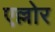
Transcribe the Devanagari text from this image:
एल्लोर